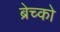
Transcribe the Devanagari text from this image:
ब्रेच्को